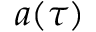
a ( \tau )